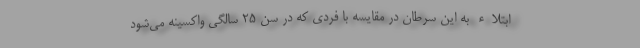
ابتلاء به این سرطان در مقایسه با فردی که در سن ۲۵ سالگی واکسینه می‌شود